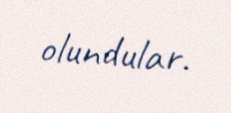
olundular.